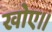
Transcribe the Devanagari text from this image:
खोए।।